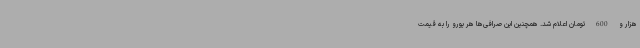
هزار و 600 تومان اعلام شد. همچنین این صرافی‌ها هر یورو را به قیمت